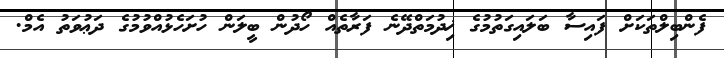
ފެންބިލްތަކަށް ފައިސާ ބަލައިގަތުމުގެ ޚިދުމަތްދޭނެ ފަރާތެއް ހޯދުން ބީލަން ހުށަހެޅުއްވުމުގެ ދަޢުވަތު އެމް.